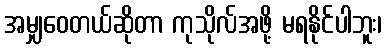
အမျှဝေတယ်ဆိုတာ ကုသိုလ်အဖို့ မရနိုင်ပါဘူး၊